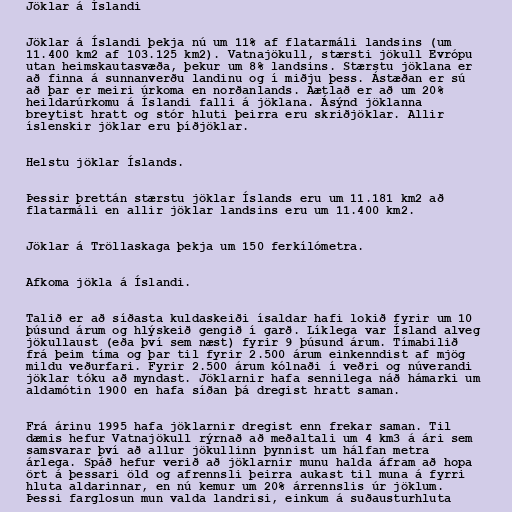
Jöklar á Íslandi

Jöklar á Íslandi þekja nú um 11% af flatarmáli landsins (um
11.400 km2 af 103.125 km2). Vatnajökull, stærsti jökull Evrópu
utan heimskautasvæða, þekur um 8% landsins. Stærstu jöklana er
að finna á sunnanverðu landinu og í miðju þess. Ástæðan er sú
að þar er meiri úrkoma en norðanlands. Áætlað er að um 20%
heildarúrkomu á Íslandi falli á jöklana. Ásýnd jöklanna
breytist hratt og stór hluti þeirra eru skriðjöklar. Allir
íslenskir jöklar eru þíðjöklar.

Helstu jöklar Íslands.

Þessir þrettán stærstu jöklar Íslands eru um 11.181 km2 að
flatarmáli en allir jöklar landsins eru um 11.400 km2.

Jöklar á Tröllaskaga þekja um 150 ferkílómetra.

Afkoma jökla á Íslandi.

Talið er að síðasta kuldaskeiði ísaldar hafi lokið fyrir um 10
þúsund árum og hlýskeið gengið í garð. Líklega var Ísland alveg
jökullaust (eða því sem næst) fyrir 9 þúsund árum. Tímabilið
frá þeim tíma og þar til fyrir 2.500 árum einkenndist af mjög
mildu veðurfari. Fyrir 2.500 árum kólnaði í veðri og núverandi
jöklar tóku að myndast. Jöklarnir hafa sennilega náð hámarki um
aldamótin 1900 en hafa síðan þá dregist hratt saman.

Frá árinu 1995 hafa jöklarnir dregist enn frekar saman. Til
dæmis hefur Vatnajökull rýrnað að meðaltali um 4 km3 á ári sem
samsvarar því að allur jökullinn þynnist um hálfan metra
árlega. Spáð hefur verið að jöklarnir munu halda áfram að hopa
ört á þessari öld og afrennsli þeirra aukast til muna á fyrri
hluta aldarinnar, en nú kemur um 20% árrennslis úr jöklum.
Þessi farglosun mun valda landrisi, einkum á suðausturhluta